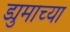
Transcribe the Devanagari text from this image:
ड्युमाच्या